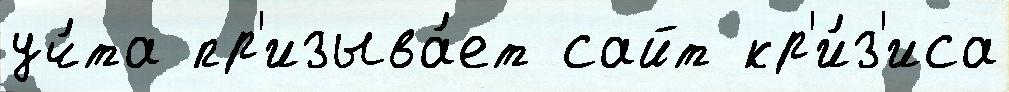
уч́та пр'изыва́ет сайт кр'и́з'иса